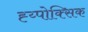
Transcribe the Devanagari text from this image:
ह्य्पोक्सिक